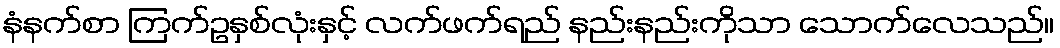
နံနက်စာ ကြက်ဥနှစ်လုံးနှင့် လက်ဖက်ရည် နည်းနည်းကိုသာ သောက်လေသည်။